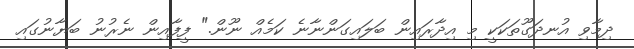
ދިމާވި އުނދަގޫތަކަކީ މި އިދާރައިން ބަލައިގަންނާނެ ކަމެއް ނޫން." ފީފާއިން ނެރުނު ބަޔާނުގައި